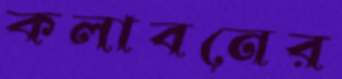
কলাবনের